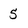
Character: 5